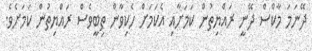
ދޭނަމަ މާކްސް ދޭނީ ރައްޔިތުން ކަމަށާއި އެކަމަށް ހެކިވާން ތިބީވެސް ރައްޔިތުން ކަމަށެވެ.